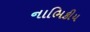
નાભિકીય